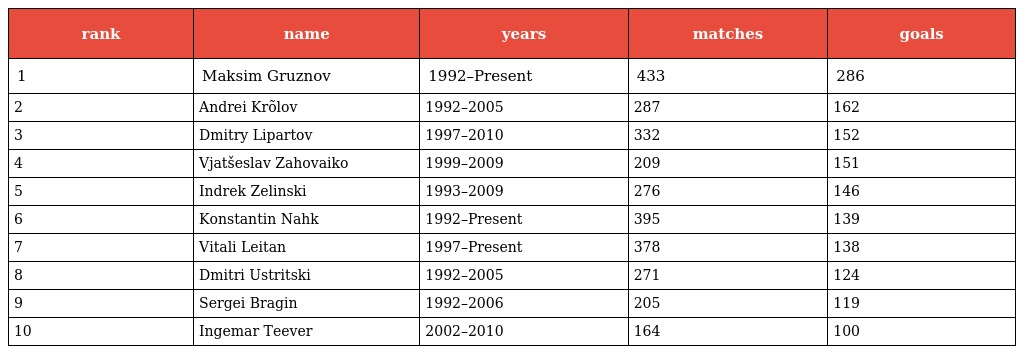
| rank | name | years | matches | goals |
 | --- | --- | --- | --- | --- |
 | 1 | Maksim Gruznov | 1992–Present | 433 | 286 |
 | 2 | Andrei Krõlov | 1992–2005 | 287 | 162 |
 | 3 | Dmitry Lipartov | 1997–2010 | 332 | 152 |
 | 4 | Vjatšeslav Zahovaiko | 1999–2009 | 209 | 151 |
 | 5 | Indrek Zelinski | 1993–2009 | 276 | 146 |
 | 6 | Konstantin Nahk | 1992–Present | 395 | 139 |
 | 7 | Vitali Leitan | 1997–Present | 378 | 138 |
 | 8 | Dmitri Ustritski | 1992–2005 | 271 | 124 |
 | 9 | Sergei Bragin | 1992–2006 | 205 | 119 |
 | 10 | Ingemar Teever | 2002–2010 | 164 | 100 |